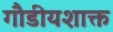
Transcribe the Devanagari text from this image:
गौडीयशाक्त